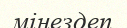
мінездеп